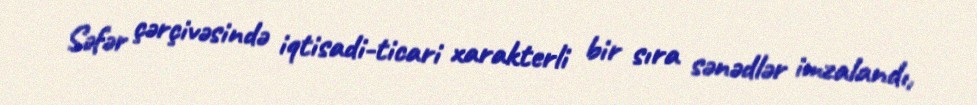
Səfər çərçivəsində iqtisadi-ticari xarakterli bir sıra sənədlər imzalandı,